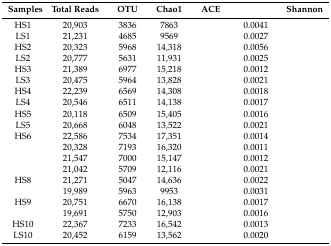
<table><thead><tr><td><b>Samples</b></td><td><b>Total Reads</b></td><td><b>OTU</b></td><td><b>Chao1</b></td><td><b>ACE</b></td><td>[EMPTY_CELL]</td><td><b>Shannon</b></td></tr></thead><tbody><tr><td>HS1</td><td>20,903</td><td>3836</td><td>7863</td><td>[EMPTY_CELL]</td><td>0.0041</td><td>[EMPTY_CELL]</td></tr><tr><td>LS1</td><td>21,231</td><td>4685</td><td>9569</td><td>[EMPTY_CELL]</td><td>0.0027</td><td>[EMPTY_CELL]</td></tr><tr><td>HS2</td><td>20,323</td><td>5968</td><td>14,318</td><td>[EMPTY_CELL]</td><td>0.0056</td><td>[EMPTY_CELL]</td></tr><tr><td>LS2</td><td>20,777</td><td>5631</td><td>11,931</td><td>[EMPTY_CELL]</td><td>0.0025</td><td>[EMPTY_CELL]</td></tr><tr><td>HS3</td><td>21,389</td><td>6977</td><td>15,218</td><td>[EMPTY_CELL]</td><td>0.0012</td><td>[EMPTY_CELL]</td></tr><tr><td>LS3</td><td>20,475</td><td>5964</td><td>13,828</td><td>[EMPTY_CELL]</td><td>0.0021</td><td>[EMPTY_CELL]</td></tr><tr><td>HS4</td><td>22,239</td><td>6569</td><td>14,308</td><td>[EMPTY_CELL]</td><td>0.0018</td><td>[EMPTY_CELL]</td></tr><tr><td>LS4</td><td>20,546</td><td>6511</td><td>14,138</td><td>[EMPTY_CELL]</td><td>0.0017</td><td>[EMPTY_CELL]</td></tr><tr><td>HS5</td><td>20,118</td><td>6509</td><td>15,405</td><td>[EMPTY_CELL]</td><td>0.0016</td><td>[EMPTY_CELL]</td></tr><tr><td>LS5</td><td>20,668</td><td>6048</td><td>13,522</td><td>[EMPTY_CELL]</td><td>0.0021</td><td>[EMPTY_CELL]</td></tr><tr><td>HS6</td><td>22,586</td><td>7534</td><td>17,351</td><td>[EMPTY_CELL]</td><td>0.0014</td><td>[EMPTY_CELL]</td></tr><tr><td>[EMPTY_CELL]</td><td>20,328</td><td>7193</td><td>16,320</td><td>[EMPTY_CELL]</td><td>0.0011</td><td>[EMPTY_CELL]</td></tr><tr><td>[EMPTY_CELL]</td><td>21,547</td><td>7000</td><td>15,147</td><td>[EMPTY_CELL]</td><td>0.0012</td><td>[EMPTY_CELL]</td></tr><tr><td>[EMPTY_CELL]</td><td>21,042</td><td>5709</td><td>12,116</td><td>[EMPTY_CELL]</td><td>0.0021</td><td>[EMPTY_CELL]</td></tr><tr><td>HS8</td><td>21,271</td><td>5047</td><td>14,636</td><td>[EMPTY_CELL]</td><td>0.0022</td><td>[EMPTY_CELL]</td></tr><tr><td>[EMPTY_CELL]</td><td>19,989</td><td>5963</td><td>9953</td><td>[EMPTY_CELL]</td><td>0.0031</td><td>[EMPTY_CELL]</td></tr><tr><td>HS9</td><td>20,751</td><td>6670</td><td>16,138</td><td>[EMPTY_CELL]</td><td>0.0017</td><td>[EMPTY_CELL]</td></tr><tr><td>[EMPTY_CELL]</td><td>19,691</td><td>5750</td><td>12,903</td><td>[EMPTY_CELL]</td><td>0.0016</td><td>[EMPTY_CELL]</td></tr><tr><td>HS10</td><td>22,367</td><td>7233</td><td>16,542</td><td>[EMPTY_CELL]</td><td>0.0013</td><td>[EMPTY_CELL]</td></tr><tr><td>LS10</td><td>20,452</td><td>6159</td><td>13,562</td><td>[EMPTY_CELL]</td><td>0.0020</td><td>[EMPTY_CELL]</td></tr></tbody></table>